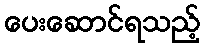
ပေးဆောင်ရသည့်